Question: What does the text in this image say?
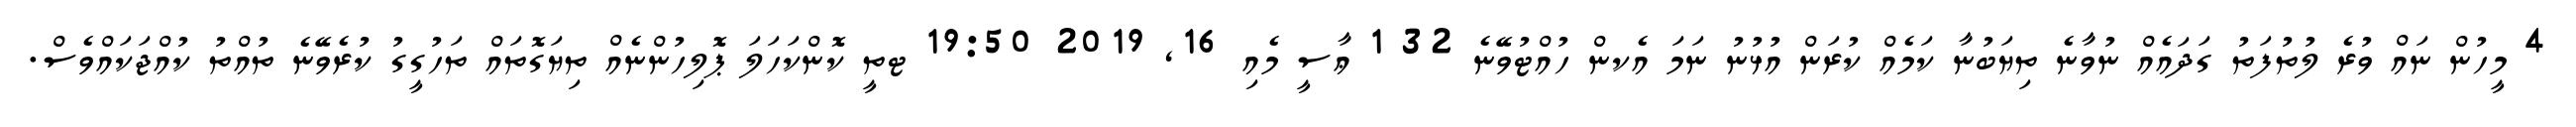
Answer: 4 މީހުން ނައް ވުރެ ލުތުފަތު ގަދައެއް ނުވާނެ ތިޔަބުނާ ކަމެއް ކުރަން އުޅުނު ނަމަ އެކން ހުއްޓުވޭނެ 32 1 ޢާސީ މެއި 16, 2019 19:50 ޓތީ ކޮންކަހަލަ ޕޮލިހުންނެއް ތިޔަގޮތައް ތަހުގީގު ކުރެވޭނެ ތުއްތު ކުއްޖަކައްވެސް.